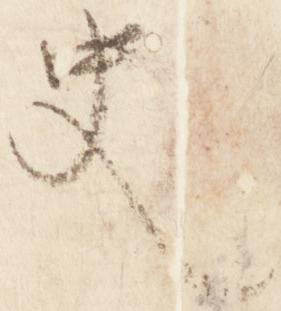
史